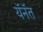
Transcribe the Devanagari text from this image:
यॅनॅत